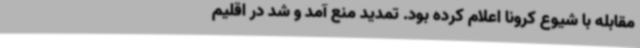
مقابله با شیوع کرونا اعلام کرده بود. تمدید منع آمد و شد در اقلیم